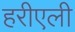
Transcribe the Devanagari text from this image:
हरीएली